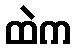
ထဲက